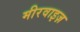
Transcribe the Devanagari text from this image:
मीरवाइज़